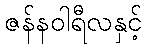
ဇန်နဝါရီလနှင့်